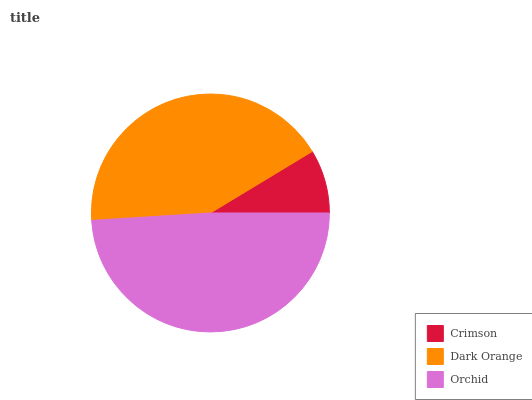
| Crimson | Dark Orange | Orchid |
 | --- | --- | --- |
 | 8.66% | 42.3% | 49% |